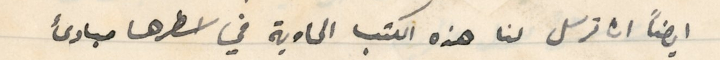
ايضاً ان ترسل لنا هذه الكتب الحاوية في اسطرها مبادئ